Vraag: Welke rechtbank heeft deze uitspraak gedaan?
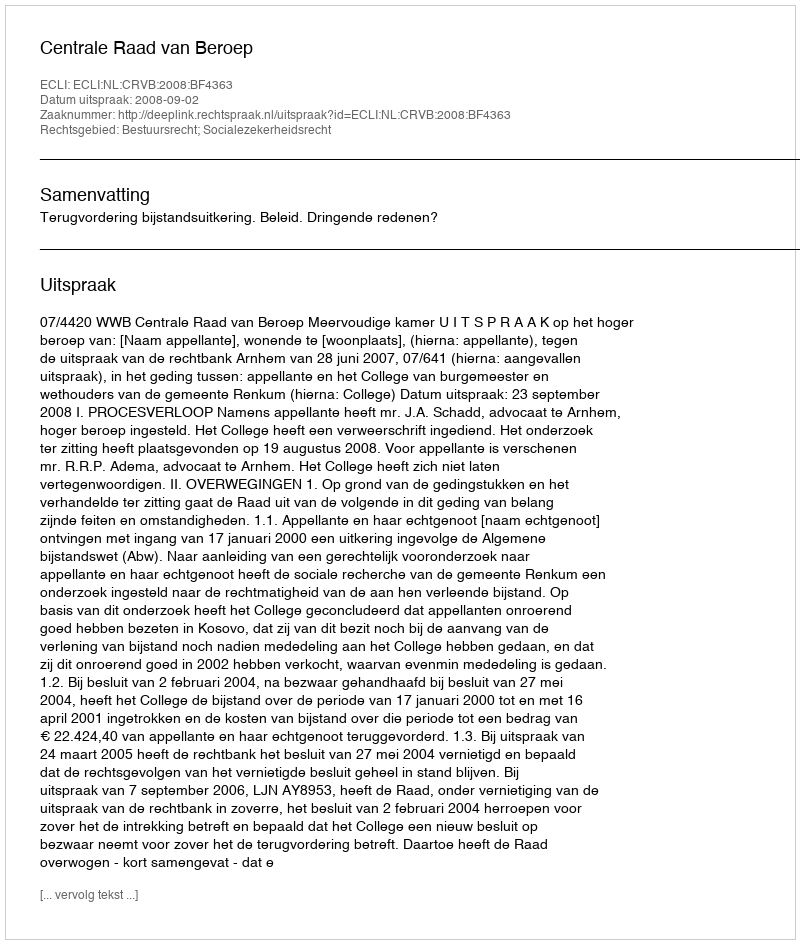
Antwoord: Centrale Raad van Beroep